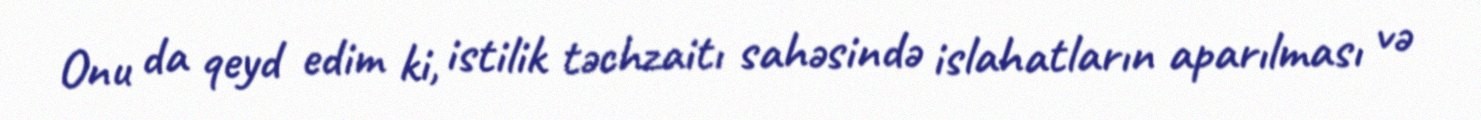
Onu da qeyd edim ki, istilik təchzaitı sahəsində islahatların aparılması və